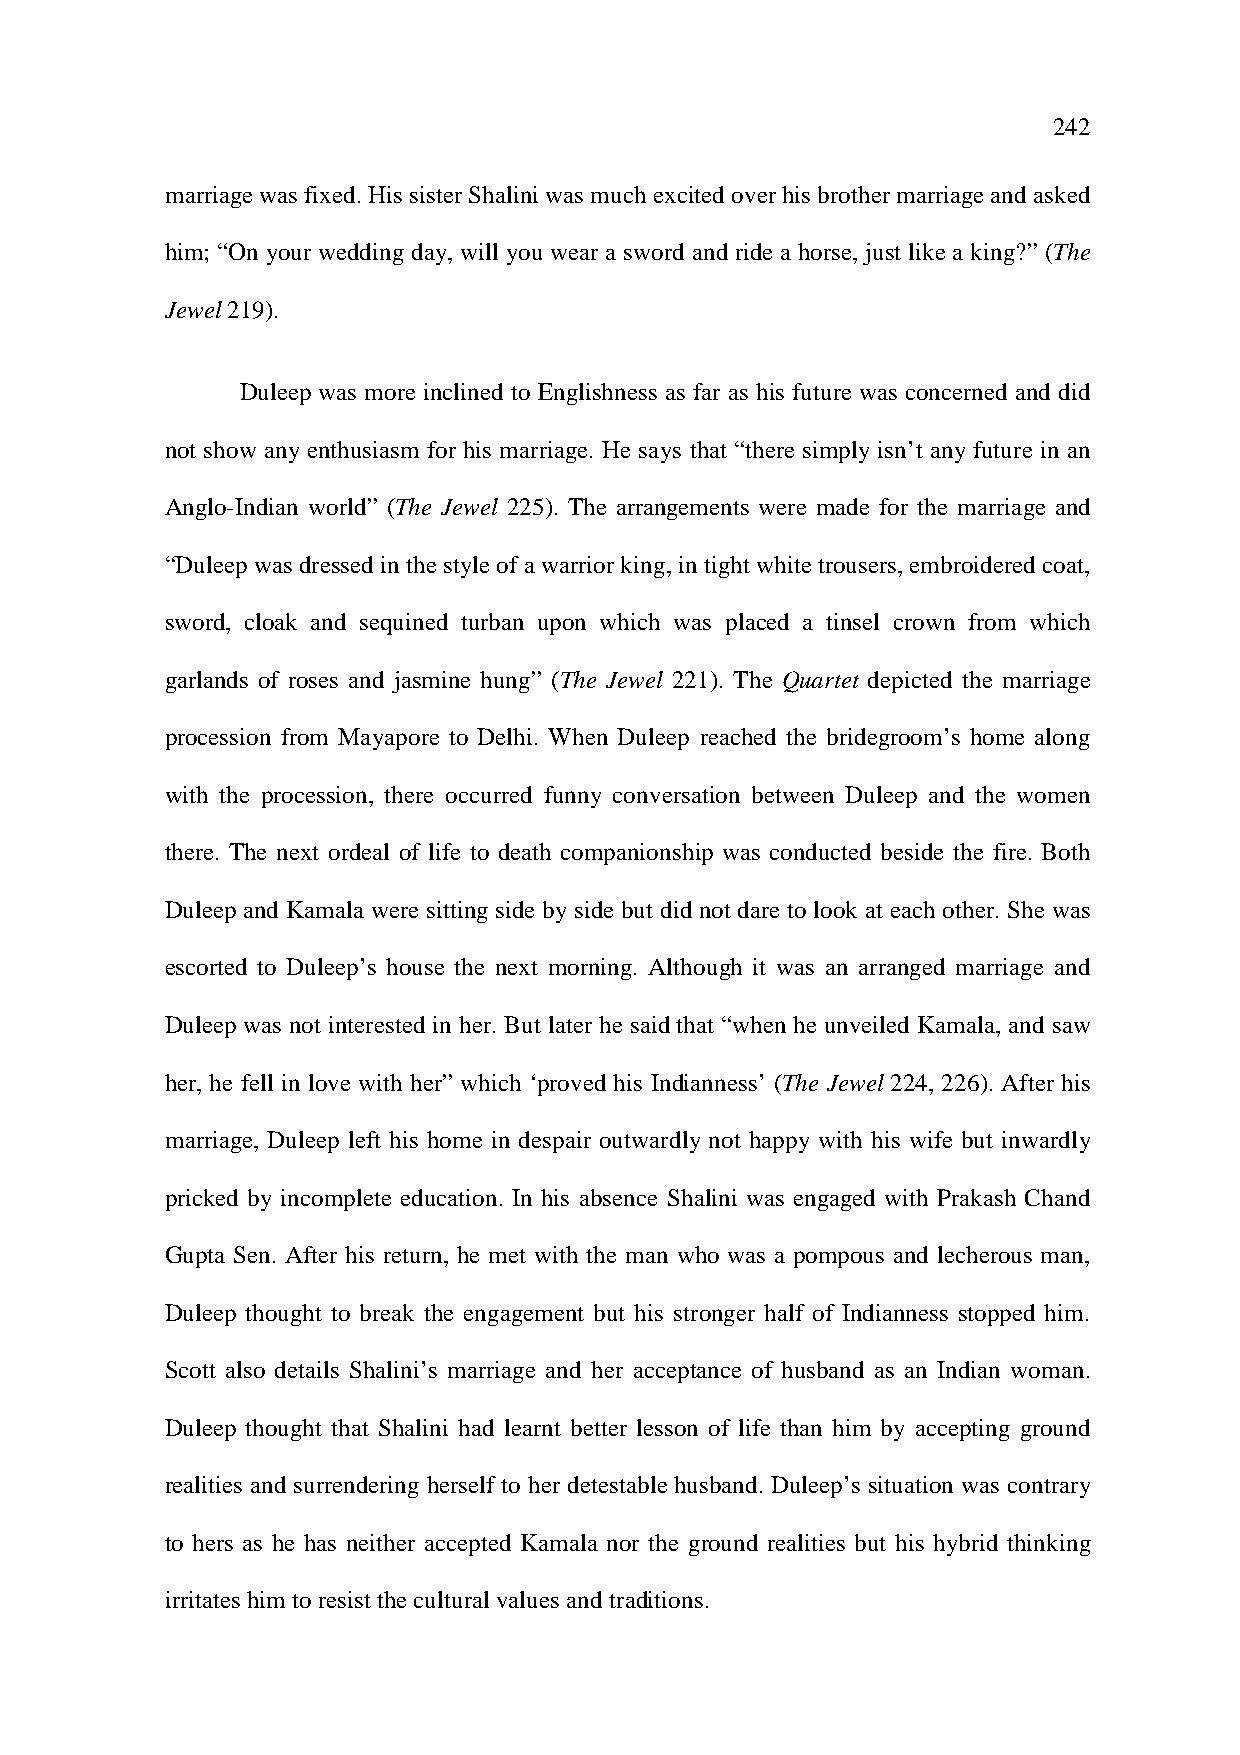
242
 marriage was fixed. His sister Shalini was much excited over his brother marriage and asked
 him; “On your wedding day, will you wear a sword and ride a horse, just like a king?” (The
 Jewel 219).
 Duleep was more inclined to Englishness as far as his future was concerned and did
 not show any enthusiasm for his marriage. He says that “there simply isn’t any future in an
 Anglo-Indian world” (The Jewel 225). The arrangements were made for the marriage and
 “Duleep was dressed in the style of a warrior king, in tight white trousers, embroidered coat,
 sword, cloak and sequined turban upon which was placed a tinsel crown from which
 garlands of roses and jasmine hung” (The Jewel 221). The Quartet depicted the marriage
 procession from Mayapore to Delhi. When Duleep reached the bridegroom’s home along
 with the procession, there occurred funny conversation between Duleep and the women
 there. The next ordeal of life to death companionship was conducted beside the fire. Both
 Duleep and Kamala were sitting side by side but did not dare to look at each other. She was
 escorted to Duleep’s house the next morning. Although it was an arranged marriage and
 Duleep was not interested in her. But later he said that “when he unveiled Kamala, and saw
 her, he fell in love with her” which ‘proved his Indianness’ (The Jewel 224, 226). After his
 marriage, Duleep left his home in despair outwardly not happy with his wife but inwardly
 pricked by incomplete education. In his absence Shalini was engaged with Prakash Chand
 Gupta Sen. After his return, he met with the man who was a pompous and lecherous man,
 Duleep thought to break the engagement but his stronger half of Indianness stopped him.
 Scott also details Shalini’s marriage and her acceptance of husband as an Indian woman.
 Duleep thought that Shalini had learnt better lesson of life than him by accepting ground
 realities and surrendering herself to her detestable husband. Duleep’s situation was contrary
 to hers as he has neither accepted Kamala nor the ground realities but his hybrid thinking
 irritates him to resist the cultural values and traditions.